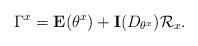
LaTeX: \begin{align*}\Gamma^x = \mathbf{E}(\theta^x) +\mathbf{I}(D_{\theta^x})\mathcal{R}_x .\end{align*}